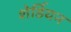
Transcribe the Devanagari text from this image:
शेर्डियन